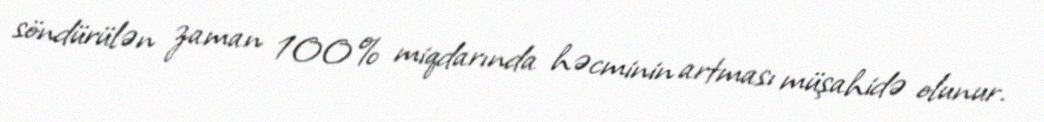
söndürülən zaman 100% miqdarında həcminin artması müşahidə olunur.